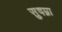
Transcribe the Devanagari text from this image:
सुषम्ना